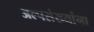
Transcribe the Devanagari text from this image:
अल्पसंख्यांना